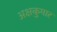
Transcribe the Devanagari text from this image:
अक्षकुमार